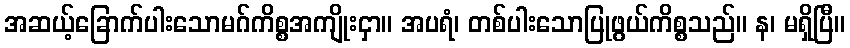
အဆယ့်ခြောက်ပါးသောမဂ်ကိစ္စအကျိုးငှာ။ အပရံ၊ တစ်ပါးသောပြုဖွယ်ကိစ္စသည်။ န၊ မရှိပြီ။